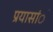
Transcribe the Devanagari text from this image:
प्रयासांे